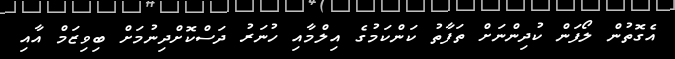
އެގޮތުން ލޯފަން ކުދިންނަށް ތަފާތު ކަންކަމުގެ އިލްމާއި ހުނަރު ދަސްކޮށްދިނުމަށް ބިވިޒަމް އާއި